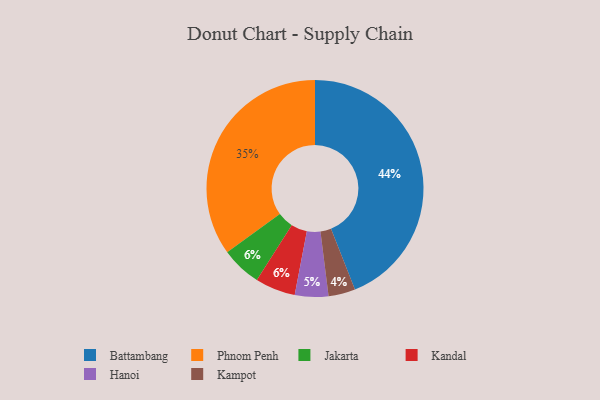
{"axis": {"x": "Category", "y": "Percentage"}, "legend": ["Battambang", "Hanoi", "Jakarta", "Kampot", "Kandal", "Phnom Penh"], "data": [{"x": "Jakarta", "y": 6, "type": "Jakarta"}, {"x": "Phnom Penh", "y": 35, "type": "Phnom Penh"}, {"x": "Kampot", "y": 4, "type": "Kampot"}, {"x": "Kandal", "y": 6, "type": "Kandal"}, {"x": "Battambang", "y": 44, "type": "Battambang"}, {"x": "Hanoi", "y": 5, "type": "Hanoi"}]}